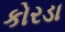
કોરડા